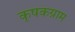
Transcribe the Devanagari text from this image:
कृषकग्राम